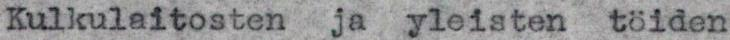
Kulkulaitosten ja yleisten töiden